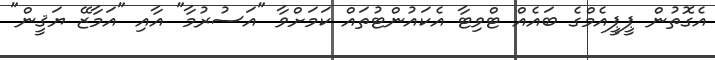
އެގޮތުން ޕީޕީއެމްގެ ބައެއް ޓްވިޓާ އެކައުންޓުތައް ކަމަށްވާ "އަސުރުމާ" އާއި "އަމާޒޭ ޔަޤީން"